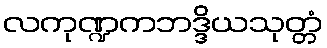
လကုဏ္ဍကဘဒ္ဒိယသုတ္တံ